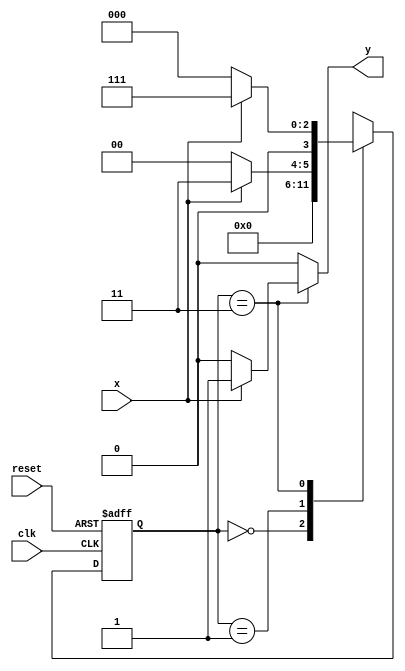
// -------------- 
// --- Mealy FSM 
// -------------- 
 
// constant definitions 
`define found      1 
`define notfound 0 
 
// FSM by Mealy 
module mealy0111 ( y, x, clk, reset ); 
 output y; 
 input   x; 
 input   clk; 
 input   reset; 
 
 reg      y; 
 
 parameter         // state identifiers  
   start    = 4'b0000, 
   id0      = 4'b0000, 
   id01     = 4'b0001,
	id011    = 4'b0011,  
   id0111   = 4'b0111; 
 
   reg [3:0] E1; // current state variables 
   reg [3:0] E2; // next state logic output 
  
// next state logic 
   always @( x or E1 ) 
    begin 
     y = `notfound; 
     case ( E1 ) 
      start: 
        if ( x ) 
         E2 = start; 
        else 
         E2 = id0; 
      id0: 
        if ( x ) 
         E2 = id01; 
        else 
         E2 = start; 
      id01: 
        if ( x ) 
         E2 = id011; 
        else 
         E2 = start; 
      id011: 
        if ( x ) 
         begin 
           E2 =  id0111; 
           y  = `found; 
         end 
        else 
         begin 
           E2 =  start; 
           y  = `notfound; 
         end 
      default:   // undefined state 
           E2 =  4'bxxxx; 
     endcase 
    end // always at signal or state changing 
 
// state variables 
   always @( posedge clk or negedge reset ) 
    begin 
     if ( reset ) 
      E1 = E2;    // updates current state 
     else 
      E1 = 0;     // reset 
    end // always at signal changing 
 
endmodule // mealy0111 

//No funcionou